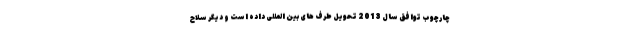
چارچوب توافق سال 2013 تحویل طرف های بین المللی داده است و دیگر سلاح